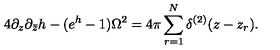
4 \partial _ { z } \partial _ { \bar { z } } h - ( e ^ { h } - 1 ) \Omega ^ { 2 } = 4 \pi \sum _ { r = 1 } ^ { N } \delta ^ { ( 2 ) } ( z - z _ { r } ) .